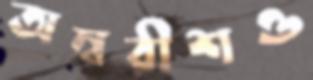
অম্বরীশও